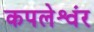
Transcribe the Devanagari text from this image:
कपलेश्वंर